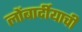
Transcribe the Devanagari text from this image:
लोंबार्दीयाची